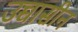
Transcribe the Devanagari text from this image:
उच्चासीन